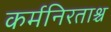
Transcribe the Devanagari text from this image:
कर्मनिरताश्च